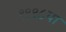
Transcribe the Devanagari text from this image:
१९९८या